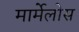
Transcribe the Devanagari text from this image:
मार्मेलोस